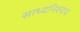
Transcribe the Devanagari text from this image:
साध्यनिश्चय